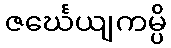
ဇင်္ဃေယျကမ္ပိ